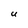
Character: U